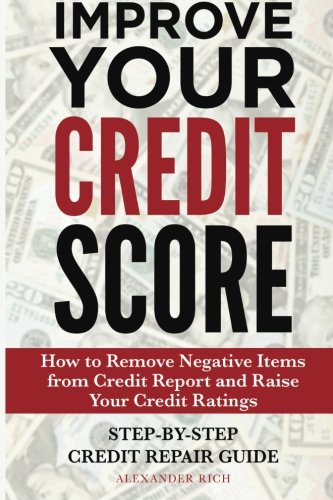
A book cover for Improve Your Credit Score: How to Remove Negative Items from Your Credit Report and Raise Credit Ratings; Alexander Rich; Business & Money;